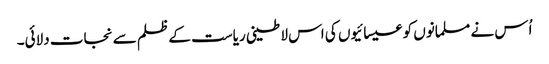
اُس نے مسلمانوں کو عیسائیوں کی اس لاطینی ریاست کے ظلم سے نجات دلائی۔